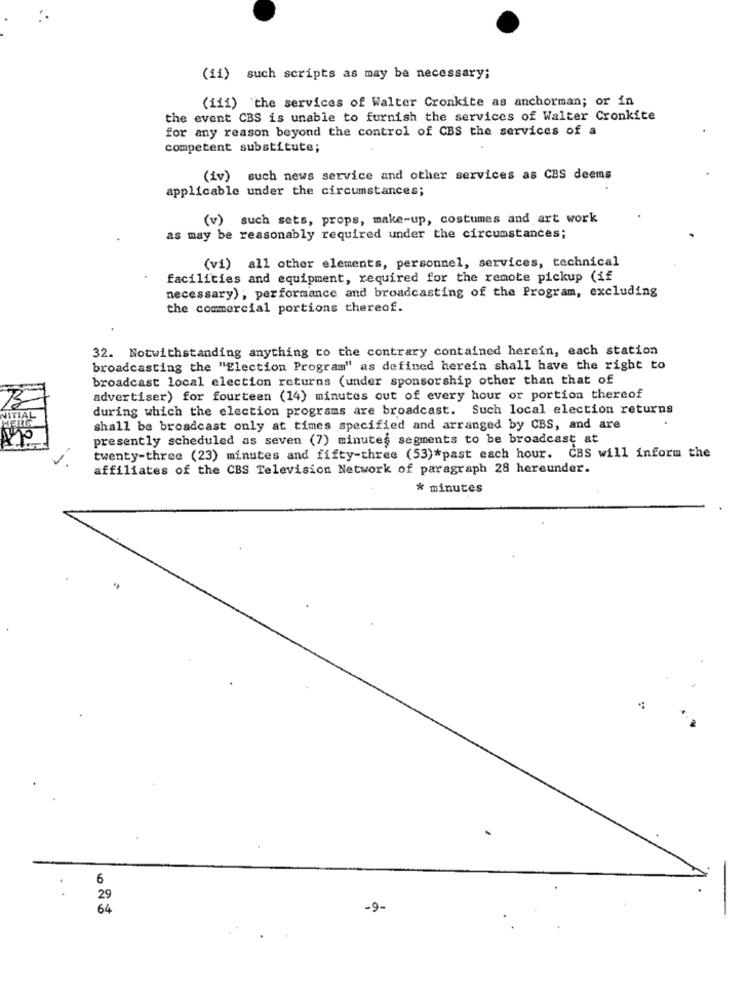
(ii) such scripts as may be necessary;
(iii) the services of Walter Cronkite as anchorman; or in
the event CBS is unable to furnish the services of Walter Cronkite
for any reason beyond the control of CBS the services of a
competent substitute;
(iv) such news service and other services as CBS deems
applicable under the circumstances;
(v) such sets, props, make-up, costumes and art work
as may be reasonably required under the circumstances;
(vi) all other elements, personnel, services, technical
facilities and equipment, required for the remote pickup (if
necessary) ; performance and broadcasting of the Program, excluding
the commercial portions thereof.
32. Notwithstanding anything to the contrary contained herein, each station
broadcasting the "Election Program" as defined herein shall have the right to
broadcast local election returns (under sponsorship other than that of
advertiser) for fourteen (14) minutes out of every hour or portion thereof
during which the election programs are broadcast. Such local election returns
NITIAL
shall be broadcast only at times specified and arranged by CBS, and are
presently scheduled as seven (7) minutes segments to be broadcast at
twenty-three (23) minutes and fifty-three (53)*past each hour. CBS will inform the
affiliates of the CBS Television Network of paragraph 28 hereunder.
* minutes
6
29
64
-9-